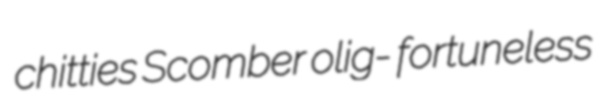
chitties Scomber olig- fortuneless